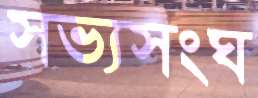
সভ্যসংঘ